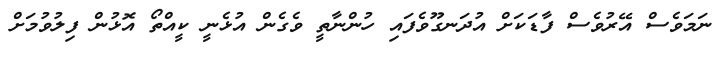
ނަމަވެސް އޭރުވެސް ފާޑަކަށް އުދަނގޫވެފައި ހުންނާތީ ވެގެން އުޅެނީ ކީއްތޯ އޮޅުން ފިލުވުމަށް